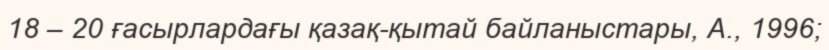
18 – 20 ғасырлардағы қазақ-қытай байланыстары, А., 1996;